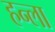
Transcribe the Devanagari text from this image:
हन्ला